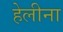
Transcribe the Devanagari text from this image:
हेलीना